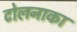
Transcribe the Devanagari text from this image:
टोलनाका